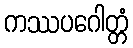
ကဿပဂေါတ္တံ